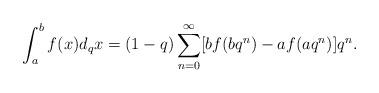
LaTeX: \begin{align*}\int_{a}^b f(x) d_q x=(1-q)\sum_{n=0}^\infty [b f(bq^n)-af(aq^n)]q^n.\end{align*}